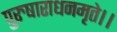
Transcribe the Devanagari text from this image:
पुरुषाराधनमृते।।